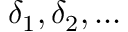
\delta _ { 1 } , \delta _ { 2 } , \dots